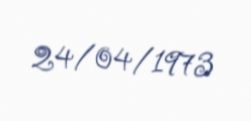
24/04/1973